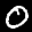
Label: 0